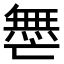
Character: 𫡟